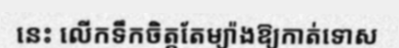
នេះ លើកទឹកចិត្តតែម្យ៉ាងឱ្យកាត់ទោស